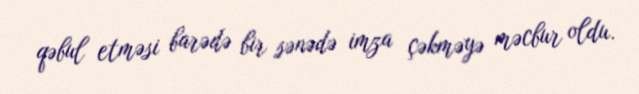
qəbul etməsi barədə bir sənədə imza çəkməyə məcbur oldu.